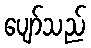
ပျော်သည်